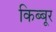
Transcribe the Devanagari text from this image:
किब्बूर